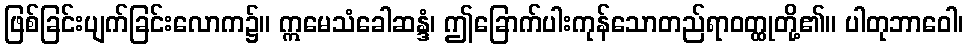
ဖြစ်ခြင်းပျက်ခြင်းလောက၌။ ဣမေသံခေါဆန္ဒံ၊ ဤခြောက်ပါးကုန်သောတည်ရာဝတ္ထုတို့၏။ ပါတုဘာဝေါ၊